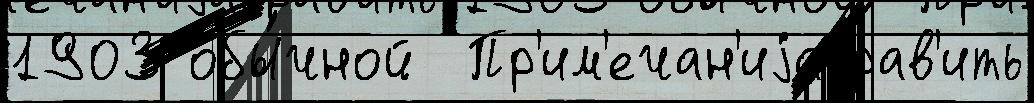
1903 обы́чной  Пр'им'ечан'иjаправ'ить